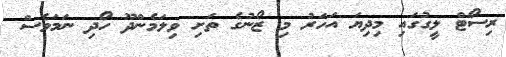
ރިސޯޓް ލީގުގައި މިދިޔަ އަހަރު މި ޒޯނުގެ ތަށި ވިލަމެންދޫ ހޯދި ނަމަވެސް